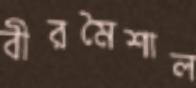
বীরমৈশাল